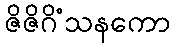
ဇိဇိဂိံသနကော